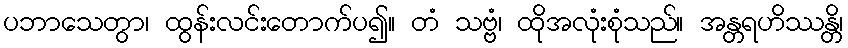
ပဘာသေတွာ၊ ထွန်းလင်းတောက်ပ၍။ တံ သဗ္ဗံ၊ ထိုအလုံးစုံသည်။ အန္တရဟိဿန္တိ၊